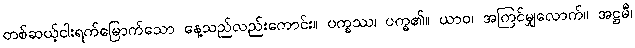
တစ်ဆယ့်ငါးရက်မြောက်သော နေ့သည်လည်းကောင်း။ ပက္ခဿ၊ ပက္ခ၏။ ယာဝ၊ အကြင်မျှလောက်။ အဋ္ဌမီ၊